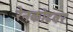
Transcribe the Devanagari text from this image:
रेनकोटवर